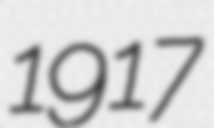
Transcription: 1917